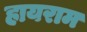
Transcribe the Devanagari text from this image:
हायराम